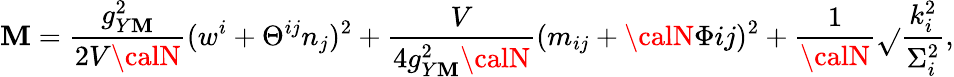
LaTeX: \mathbf{M}=\frac{{g_{Y\mathbf{M}}^{2}}}{{2V{\calN}}}(w^{i}+\Theta^{ij}n_{j})^{2}+\frac{{V}}{{4g_{Y\mathbf{M}}^{2}{\calN}}}(m_{ij}+{\calN}\Phi{ij})^{2}+\frac{{1}}{{\calN}}\sqrt{}{{\frac{{k_{i}^{2}}}{{\Sigma_{i}^{2}}}}},